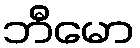
ဘီမော